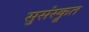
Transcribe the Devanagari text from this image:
सुसंस्कॄत